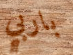
باربي